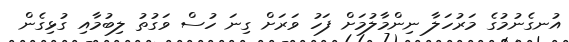
އުނގެނުމުގެ މަރުހަލާ ނިންމާލުމަށް ފަހު ވަރަށް ގިނަ ހުސް ވަގުތު ލިބުމާއި ގުޅިގެން